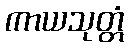
ကာယသုတ္တံ